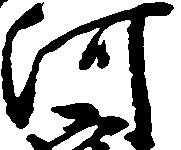
河